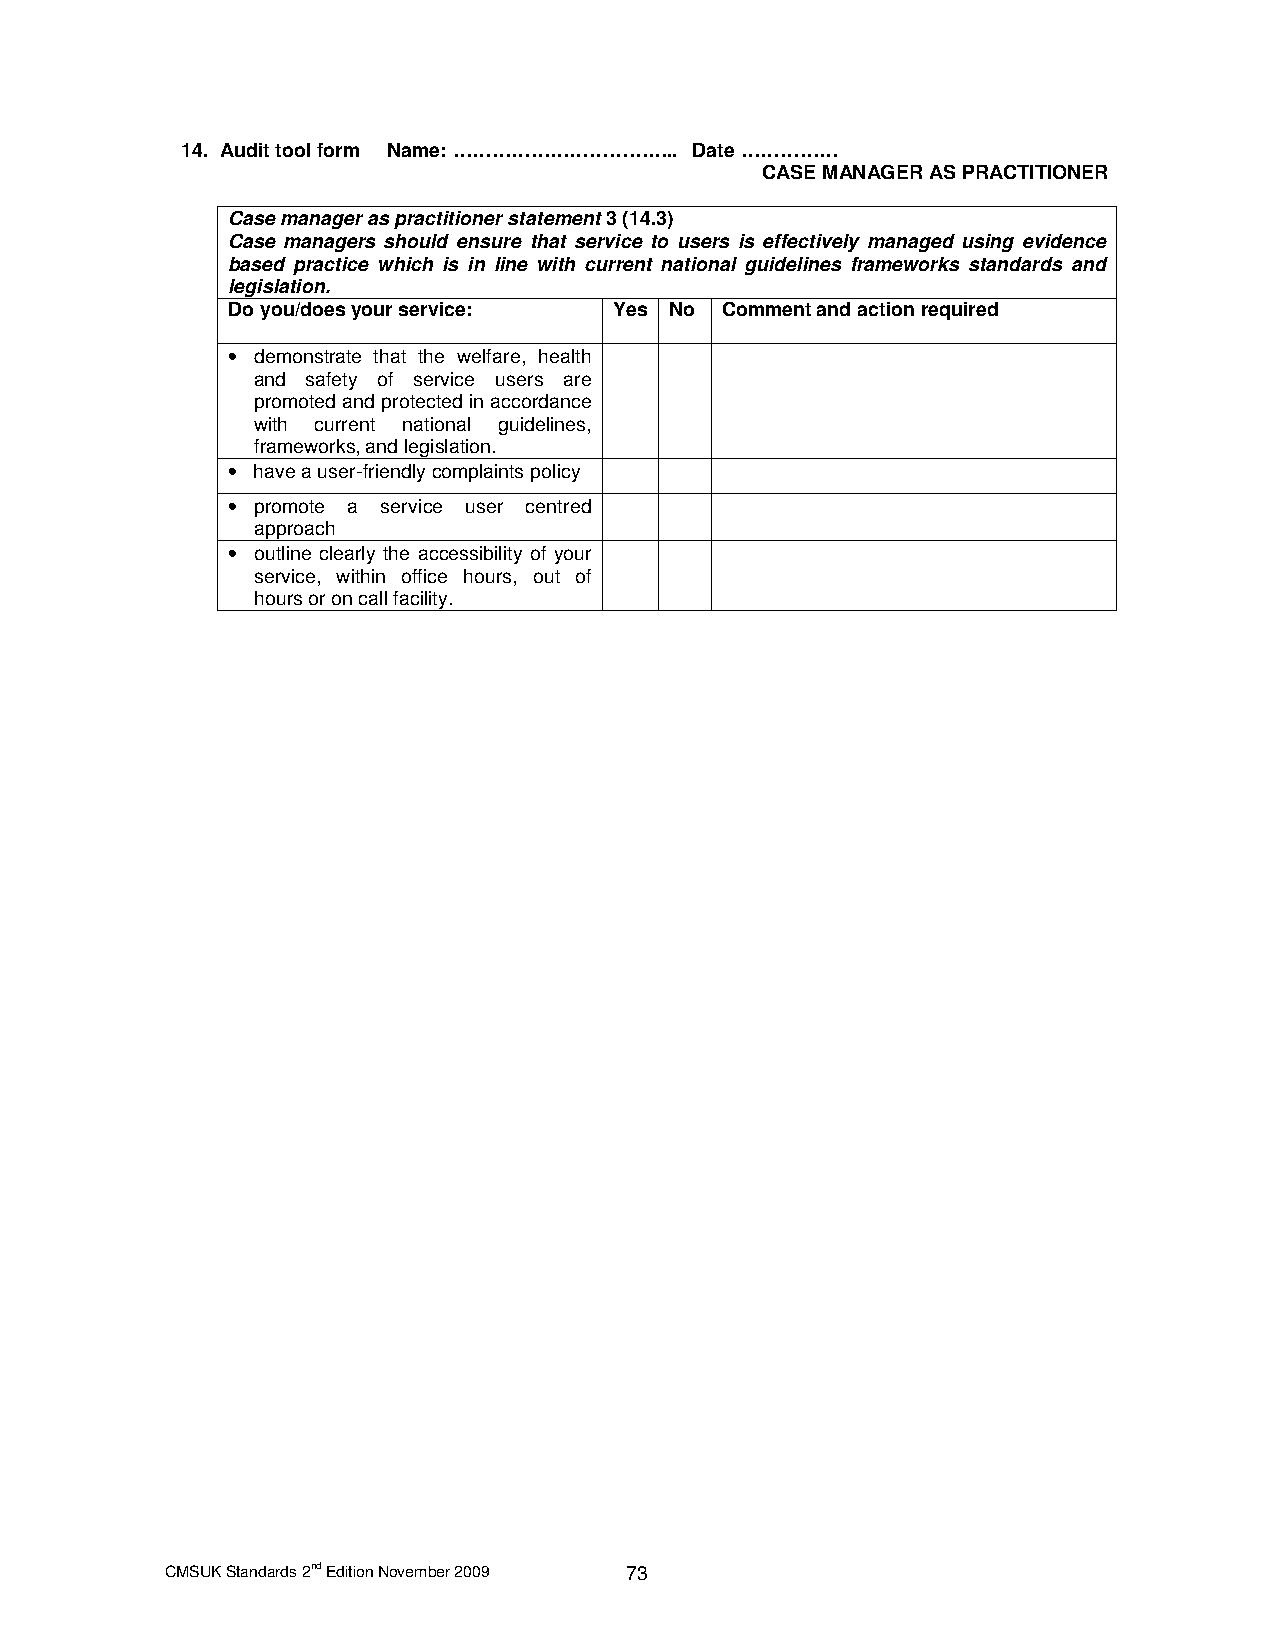
14. Audit tool form Name: …………………………….. Date ……………
 CASE MANAGER AS PRACTITIONER
 Case manager as practitioner statement 3 (14.3)
 Case managers should ensure that service to users is effectively managed using evidence
 based practice which is in line with current national guidelines frameworks standards and
 legislation.
 Do you/does your service: Yes No Comment and action required
 • demonstrate that the welfare, health
 and safety of service users are
 promoted and protected in accordance
 with current national guidelines,
 frameworks, and legislation.
 • have a user-friendly complaints policy
 • promote a service user centred
 approach
 • outline clearly the accessibility of your
 service, within office hours, out of
 hours or on call facility.
 CMSUK Standards 2nd Edition November 2009 73